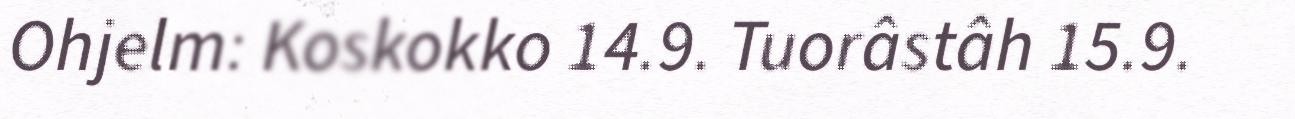
Ohjelm: Koskokko 14.9. Tuorâstâh 15.9.